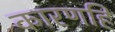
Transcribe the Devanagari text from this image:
कारणहि